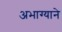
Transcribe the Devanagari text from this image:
अभाग्याने